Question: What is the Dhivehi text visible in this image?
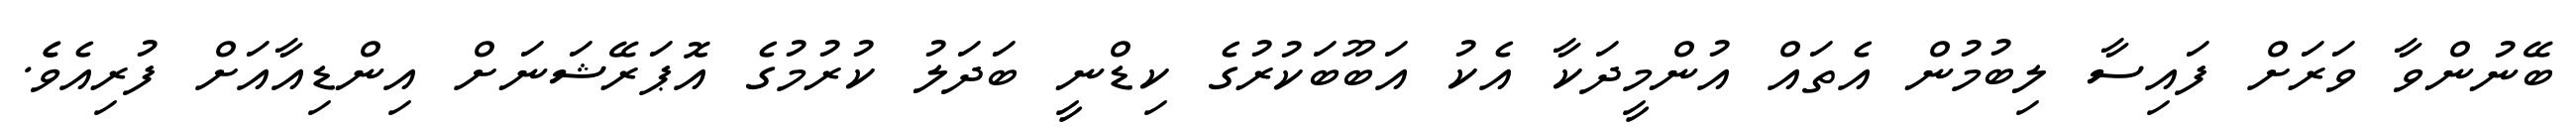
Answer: ބޭނުންވާ ވަރަށް ފައިސާ ލިބުމުން އެތައް އުންމީދަކާ އެކު އަބޫބަކުރުގެ ކިޑްނީ ބަދަލު ކުރުމުގެ އޮޕަރޭޝަނަށް އިންޑިއާއަށް ފުރިއެވެެ.